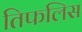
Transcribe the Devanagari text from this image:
तिफलिस